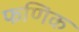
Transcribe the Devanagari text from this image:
फणिक